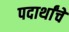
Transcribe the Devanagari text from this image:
पदार्थांचें